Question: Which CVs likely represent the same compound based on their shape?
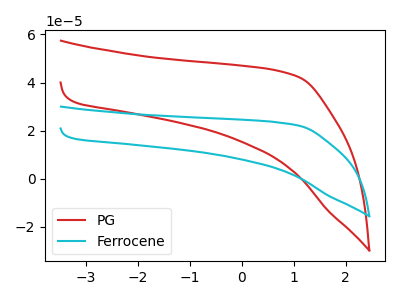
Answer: <think>The red curve "PG" has no peaks. The cyan curve "Ferrocene" has no peaks.
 Neither "PG" or "Ferrocene" have any peaks.</think>
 <answer>"PG" and "Ferrocene" have the same shape and are likely CV's of the same chemical.</answer>
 <eval>"PG" "Ferrocene"</eval>